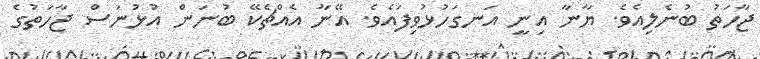
ޖާހަތު ބުނެލިއެވެ. ޔާނާ އިނީ އަނގަހުޅުވިފައެވެ. އޭނާ އެއްޗެކޭ ބުނަން އުޅުނަސް ޖާހަތުގެ